Supplement to the account of plague administration in the Bombay Presidency from September 1896 till May 1897
Year: 1896
Disease focus: Plague
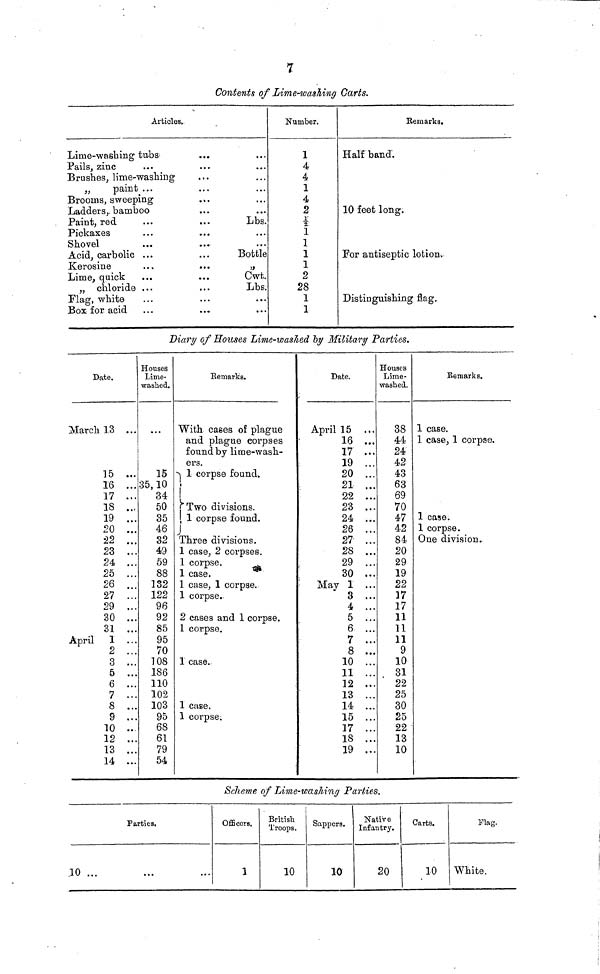
7
Contents of Lime-washing Carts.
Articles.
Lime-washing tubs ...
Pails, zinc ...
Brashes, lime- washing
„
paint ...
Brooms, sweeping ...
Ladders, bamboo ...
Paint, red ...
Pickaxes
Shovel
Acid, carbolic ...
Kerosine
Lime, quick
„ chloride ...
Flag, white
Box for acid
...
...
...
...
Lbs.
...
...
Bottle
,,
Cwt.
Lbs.
...
...
Number.
1
4
4
1
4
2
2
1
1
1
1
2
28
1
1
Remarks.
Half band'.
10 feet long.
For antiseptic lotion.
Distinguishing flag.
Diary of Houses Lime-wasJied by Military Parties.
Date.
March 13
15 ...
16 ...
17 ...
18 ...
19 ...
20 ...
22 ...
23 ...
24 ...
25 ...
26 ...
27 ...
29 ...
30 ...
31 ...
April 1 ...
2 ...
3 ...
5 ...
6 ...
7 ...
8 ...
9 ...
10 ..
12 ...
13 ...
14 ...
Houses
Lime-
washed.
15
35,10
34
50
35
46
32
49
59
88
132
122
96
92
85
95
70
108
186
110
102
103
95
68
61
79
54
Remarks.
With cases of plague
and plague corpses
found by lime-wash-
ers.
1 corpse found.
)
)
) Two divisions.
) 1 corpse found.
)
Three divisions.
1 case, 2 corpses.
1 corpse.
1 case.
1 case, 1 corpse.
1 corpse.
2 cases and 1 corpse.
1 corpse.
1 case.
1 case.
1 corpse.
Date.
April 15 ...
16 ...
17 ...
19 ...
20 ...
21 ...
22 ...
23 ...
24 ...
26 ...
27 ...
28 ...
29 ...
30 ...
May 1 ...
3 ...
4 ...
5 ...
6 ...
7 ...
8 ...
10 ...
11 ...
12 ...
13 ...
14 ...
15 ...
17 ...
18 ...
19 ...
Houses
Lime-
washed.
38
44
24
42
43
63
69
70
47
42
84
20
29
19
22
17
17
11
11
11
9
10
31
22
25
30
25
22
13
10
Remarks.
1 case.
1 case, 1 corpse.
1 case.
1 corpse.
One division.
Scheme of Lime-wasMng Parties.
Parties.
10 ... ... ...
Officers.
1
British
Troops.
10
Sappers.
10
Native
Infantry.
20
Carts.
10
Flag.
White.